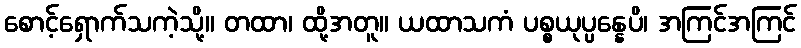
စောင့်ရှောက်သကဲ့သို့။ တထာ၊ ထို့အတူ။ ယထာသကံ ပစ္စယုပ္ပန္နေပိ၊ အကြင်အကြင်